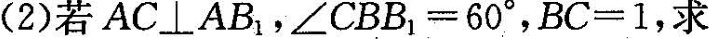
(2) 若AC \perp AB，∠CBB_{1}=60°，BC=1，求